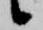
候